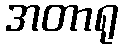
အတာရု